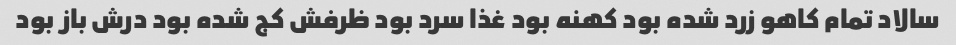
سالاد تمام کاهو زرد شده بود کهنه بود غذا سرد بود ظرفش کج شده بود درش باز بود